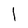
Character: 1